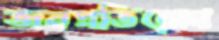
জনপ্রতিরোধ